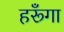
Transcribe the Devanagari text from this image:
हरूँगा